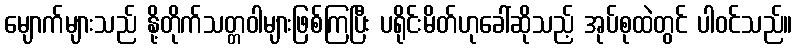
မျောက်များသည် နို့တိုက်သတ္တဝါများဖြစ်ကြပြီး ပရိုင်းမိတ်ဟုခေါ်ဆိုသည့် အုပ်စုထဲတွင် ပါဝင်သည်။